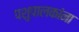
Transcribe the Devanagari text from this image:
पशुपालकांना